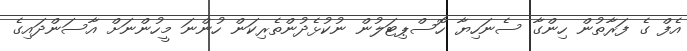
އެފް ގެ ފަރާތުން ހިންގާ ސެނަހިޔާ ހޮސްޕިޓަލުން ނުކުޅެދުންތެރިކަން ހުންނަ މީހުންނަށް އާސަންދައިގެ